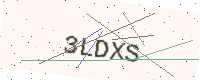
Text: 3LDXS